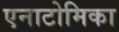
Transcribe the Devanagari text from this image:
एनाटोमिका